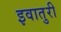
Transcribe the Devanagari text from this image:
इवातुरी